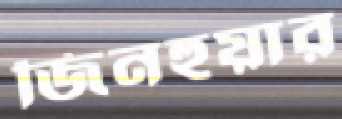
জিনহুয়ার